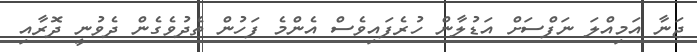
ޖަނާ އަމިއްލަ ނަފްސަށް އަޑުލާން ހުރެފައިވެސް އެންމެ ފަހުން ތެދުވެގެން ދެވުނީ ދޮރާއި